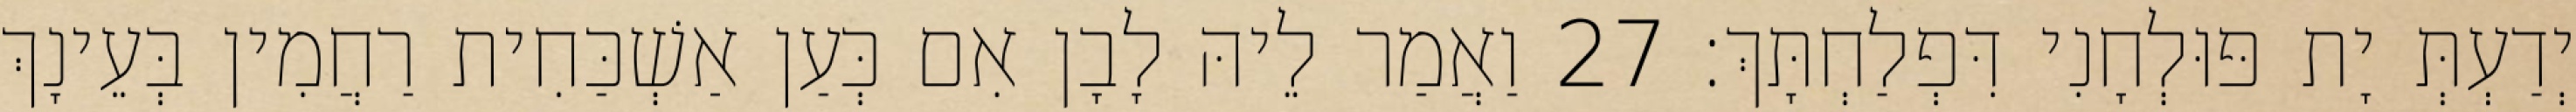
יְדַעְתְּ יָת פּוּלְחָנִי דִּפְלַחְתָּךְ׃ 27 וַאֲמַר לֵיהּ לָבָן אִם כְּעַן אַשְׁכַּחִית רַחֲמִין בְּעֵינָךְ